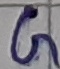
Text: G